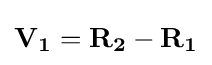
\mathbf {V_{1}} =\mathbf {R_{2}} -\mathbf {R_{1}}